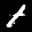
Label: 1